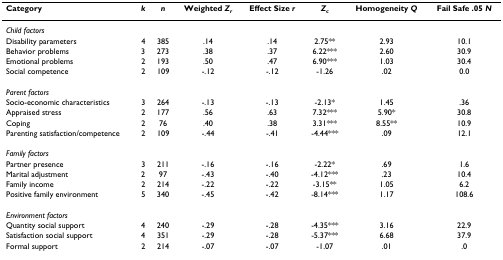
| Category | k | n | Weighted Zr | Effect Size r | Zc | Homogeneity Q | Fail Safe .05 N |
 | --- | --- | --- | --- | --- | --- | --- | --- |
 | Child factors |  |  |  |  |  |  |  |
 | Disability parameters | 4 | 385 | .14 | .14 | 2.75** | 2.93 | 10.1 |
 | Behavior problems | 3 | 273 | .38 | .37 | 6.22*** | 2.60 | 30.9 |
 | Emotional problems | 2 | 193 | .50 | .47 | 6.90*** | 1.03 | 30.4 |
 | Social competence | 2 | 109 | -.12 | -.12 | -1.26 | .02 | 0.0 |
 | Parent factors |  |  |  |  |  |  |  |
 | Socio-economic characteristics | 3 | 264 | -.13 | -.13 | -2.13* | 1.45 | .36 |
 | Appraised stress | 2 | 177 | .56 | .63 | 7.32*** | 5.90* | 30.8 |
 | Coping | 2 | 76 | .40 | .38 | 3.31*** | 8.55** | 10.9 |
 | Parenting satisfaction/competence | 2 | 109 | -.44 | -.41 | -4.44*** | .09 | 12.1 |
 | Family factors |  |  |  |  |  |  |  |
 | Partner presence | 3 | 211 | -.16 | -.16 | -2.22* | .69 | 1.6 |
 | Marital adjustment | 2 | 97 | -.43 | -.40 | -4.12*** | .23 | 10.4 |
 | Family income | 2 | 214 | -.22 | -.22 | -3.15** | 1.05 | 6.2 |
 | Positive family environment | 5 | 340 | -.45 | -.42 | -8.14*** | 1.17 | 108.6 |
 | Environment factors |  |  |  |  |  |  |  |
 | Quantity social support | 4 | 240 | -.29 | -.28 | -4.35*** | 3.16 | 22.9 |
 | Satisfaction social support | 4 | 351 | -.29 | -.28 | -5.37*** | 6.68 | 37.9 |
 | Formal support | 2 | 214 | -.07 | -.07 | -1.07 | .01 | .0 |